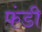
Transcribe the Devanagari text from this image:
फंडी